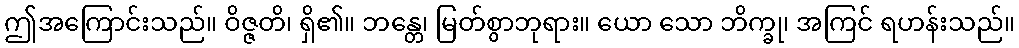
ဤအကြောင်းသည်။ ဝိဇ္ဇတိ၊ ရှိ၏။ ဘန္တေ၊ မြတ်စွာဘုရား။ ယော သော ဘိက္ခု၊ အကြင် ရဟန်းသည်။